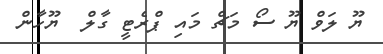
ޔޫ ލަވް ޔޫ ސޯ މަޗް މައި ޕްރެޓީ ގާލް  ޔޫހާން